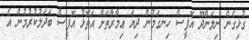
ގުޅިގެން ނިލަންދޫ އޮފީސް ހިނގަމުން ދިޔަ ޢިމާރާތަށް އަތޮޅު އޮފީސް ބަދަލުކުރުމުން އެ